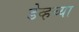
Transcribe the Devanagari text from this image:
डेव्हच्या